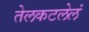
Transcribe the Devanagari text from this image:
तेलकटलेलं